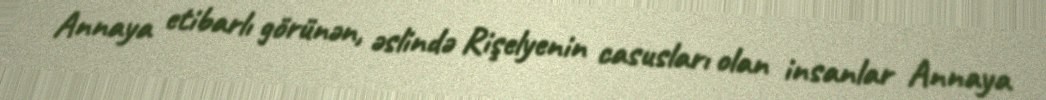
Annaya etibarlı görünən, əslində Rişelyenin casusları olan insanlar Annaya